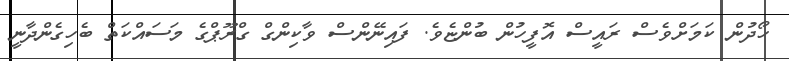
ހޯދުން ކަމަށްވެސް ރައީސް އޮފީހުން ބުންޏެވެ. ފައިނޭންސް ވާކިންގް ގްރޫޕްގެ މަސައްކަތް ބެހިގެންދާނީ